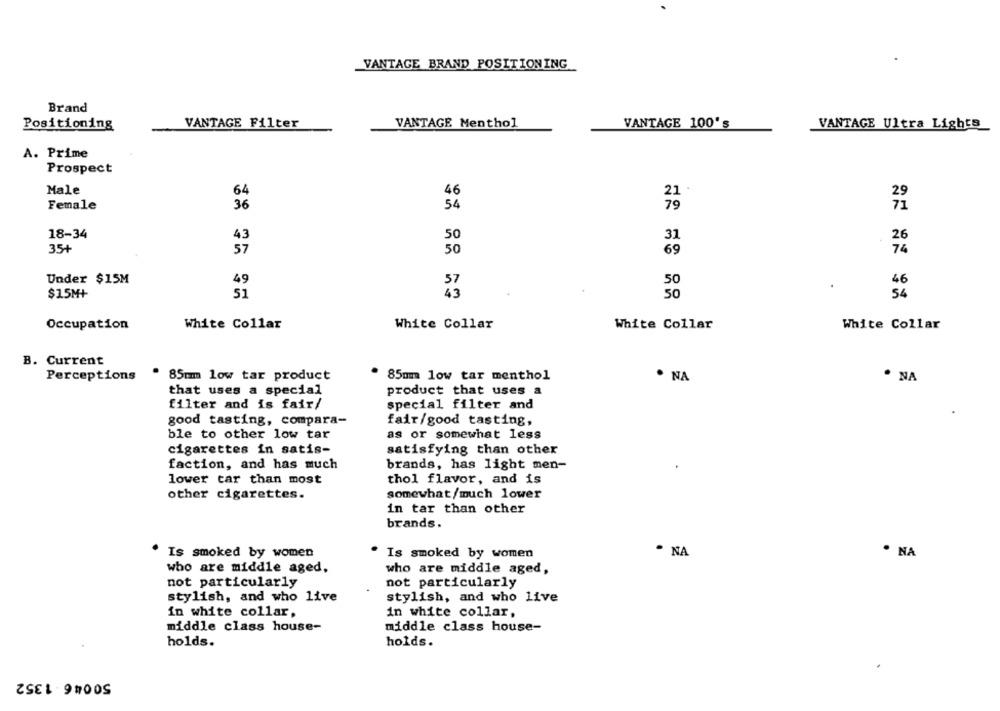
VANTAGE BRAND POSITIONING
Brand
Positioning
VANTAGE Filter
VANTAGE Menthol
VANTAGE 100's
VANTAGE Ultra Lights
A. Prime
Prospect
Male
64
46
21 .
29
Female
36
54
79
71
18-34
50
31
43
26
69
74
35+
57
50
Under $15M
49
50
46
$15M+
51
50
54
Occupation
White Collar
White Collar
White Collar
White Collar
B. Current
Perceptions
. 85mm low tar product
. 85mm low tar menthol
· NA
· NA
that uses a special
product that uses a
filter and is fair/
special filter and
good tasting, compara-
fair/good tasting,
ble to other low tar
as or somewhat less
cigarettes in satis-
satisfying than other
faction, and has much
brands, has light men-
lower car than most
thol flavor, and is
other cigarettes.
somewhat/much lower
in tar than other
brands.
Is smoked by women
Is smoked by women
. NA
. NA
who are middle aged.
who are middle aged,
not particularly
not particularly
stylish, and who live
stylish, and who live
in white collar,
in white collar,
middle class house-
middle class house-
holds.
holds.
50046 -1352